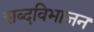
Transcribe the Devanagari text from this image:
शब्दविभाजन